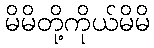
မိမိတို့ကိုယ်မိမိ